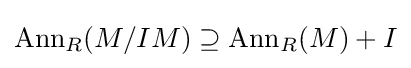
\operatorname {Ann} _{R}(M/IM)\supseteq \operatorname {Ann} _{R}(M)+I